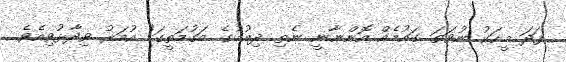
ފަދަ މީހަކު ނުވަތަ ގައުމެއް އޮންނާނީ ނެތި ދިއުމުގެ މަގުމަތީގަ" އުމަރު ވިދާޅުވިއެވެ.